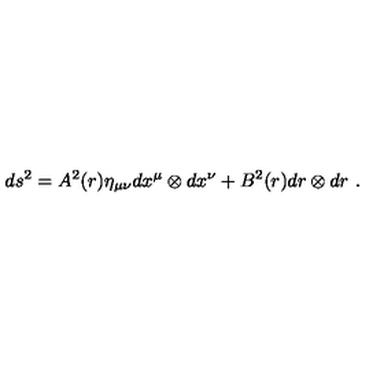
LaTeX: d s ^ { 2 } = A ^ { 2 } ( r ) \eta _ { \mu \nu } d x ^ { \mu } \otimes d x ^ { \nu } + B ^ { 2 } ( r ) d r \otimes d r \ .